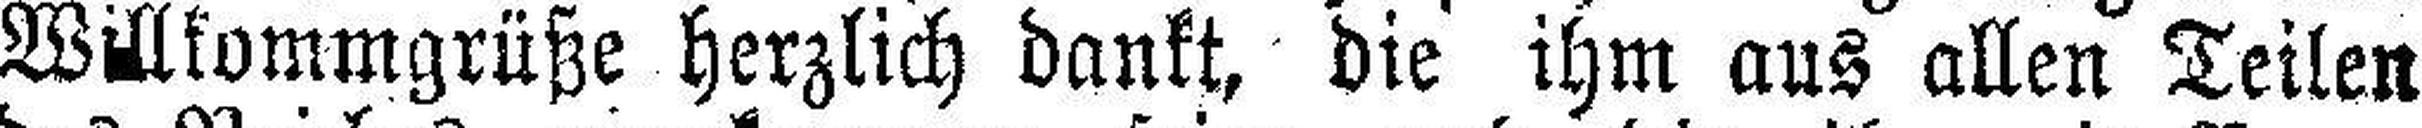
Willkommgrüße herzlich dankt, die ihm aus allen Teilen